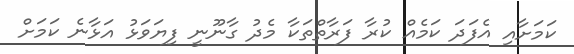
ކަމަށާއި އެފަދަ ކަމެއް ކުރާ ފަރާތްތަކާ މެދު ގާނޫނީ ފިޔަވަޅު އަޅާނެ ކަމަށް